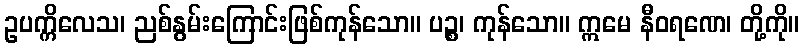
ဥပက္ကိလေသ၊ ညစ်နွမ်းကြောင်းဖြစ်ကုန်သော။ ပဉ္စ၊ ကုန်သော။ ဣမေ နီဝရဏေ၊ တို့ကို။